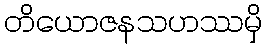
တိယောဇနသဟဿမှိ